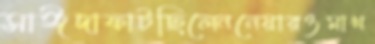
সাঈদাফাটছিলেননেয়ারওমাখ